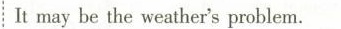
It may be the weather's problem.